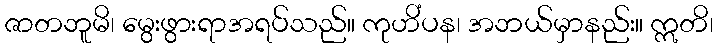
ဇာတဘူမိ၊ မွေးဖွားရာအရပ်သည်။ ကုဟိံပန၊ အဘယ်မှာနည်း။ ဣတိ၊